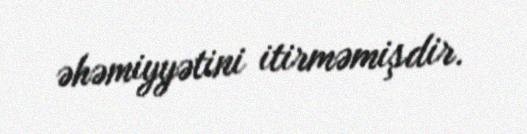
əhəmiyyətini itirməmişdir.